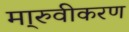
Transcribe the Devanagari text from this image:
मा्रुवीकरण